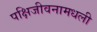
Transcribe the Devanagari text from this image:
पक्षिजीवनामधली